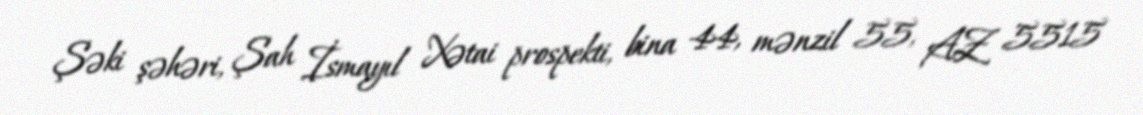
Şəki şəhəri, Şah İsmayıl Xətai prospekti, bina 44, mənzil 55, AZ 5515